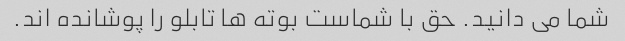
شما می دانید. حق با شماست بوته ها تابلو را پوشانده اند.